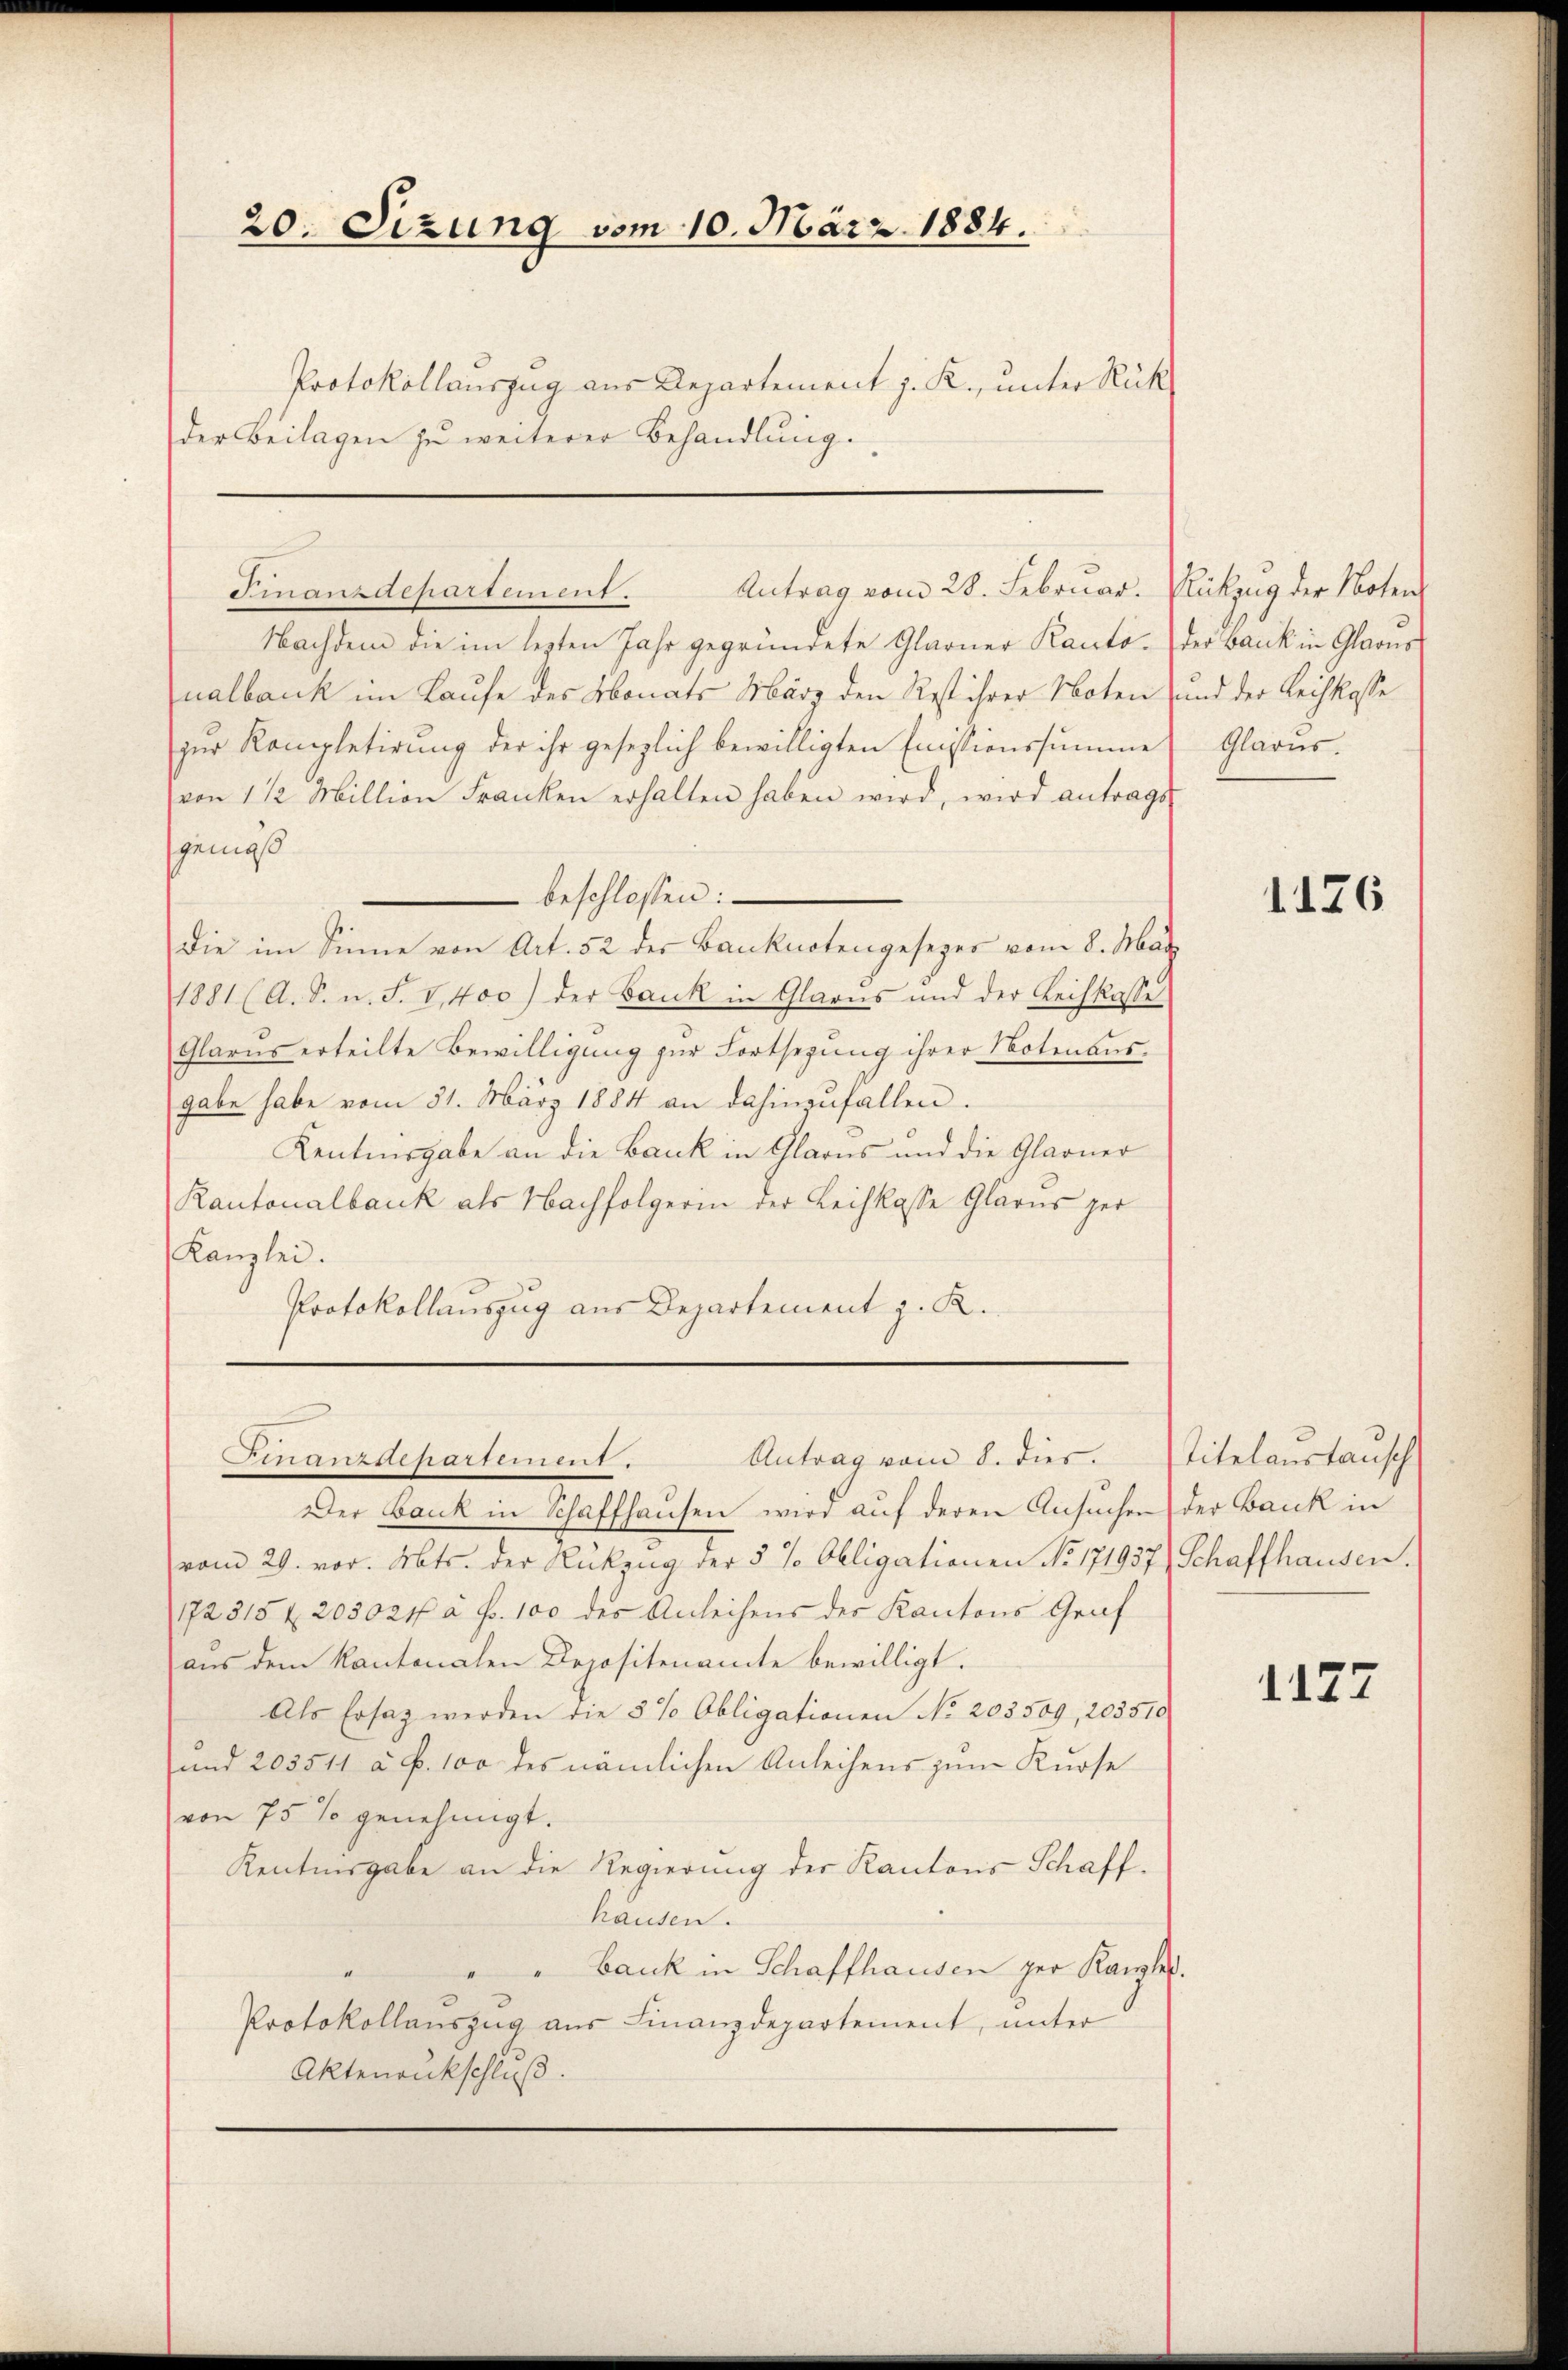
20. Sizung vom 10. März 1884.
Protokollauszug aus Departement z. R., unter Rück
der Beilagen zu weiterer Behandlung.

Antrag vom 28. Februar. Rückzug der Noten
Finanzdepartement.

Nachdem die im lezten Jahr gegründete Glarner Kanto der Bank in Glarus
nalbank im Laufe des Monats März den Rest ihrer Noten und der Leihkasse
zur Kompletirung der ihr gesezlich bewilligten Enistionssumme
von 1 1/2 Million Franken erhalten haben wird, wird antrags
sgenoß
 beschlossen:
Die im Sinne von Art. 52 des Banknotengesezes vom 8. März
1881 (A. S. n. F. V,400) der Bank in Glarus und der Leihkasse
Glarus erteilte Bewilligung zur Fortsezung ihrer Notenaus,
gabe habe vom 31. März 1884 an dahinzufallen.
Kentnisgabe an die Bank in Glarus und die Glarner
Rantonalbank als Nachfolgerin der Leihkasse Glarus zer
Kanzlei.
Protokollauszug aus Departement z. K.

Antrag vom 8. dies. Titelaŭstaŭsch
Franzstchartement.

Der Bank in Schaffhausen wird auf deren Ansuchen der Bank in
vom 29. vor. Mts. der Rückzug der 5 % Obligationen No 171937) Schaffhausen.
172315 f 205024f à Fr. 100 des Anleihens der Kantons Graf
aus dem Kantonalen Depositenamte bewilligt.
Als Ersatz werden die 5 % Obligationen No. 203509, 203510
und 203511 a P. 100 des nämlichen Anleihens zum Kurse
von 75 % genehmigt.
Kentnnsgabe an die Regierung der Kantons Schaff-
hausen.
" Bauk in Schaffhausen per Kanzler.
Protokollauszug aus Finanzdepartement, unter
Aktenankschluß.

Glarus.

1126

1127